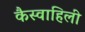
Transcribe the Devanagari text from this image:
कैस्वाहिली